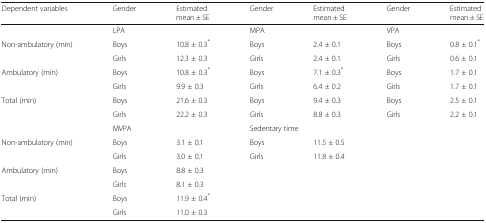
<table><thead><tr><td><b>Dependent variables</b></td><td><b>Gender</b></td><td><b>Estimated mean ± SE</b></td><td><b>Gender</b></td><td><b>Estimated mean ± SE</b></td><td><b>Gender</b></td><td><b>Estimated mean ± SE</b></td></tr></thead><tbody><tr><td></td><td colspan="2">LPA</td><td colspan="2">MPA</td><td colspan="2">VPA</td></tr><tr><td rowspan="2">Non-ambulatory (min)</td><td>Boys</td><td>10.8 ± 0.3<sup>*</sup></td><td>Boys</td><td>2.4 ± 0.1</td><td>Boys</td><td>0.8 ± 0.1<sup>*</sup></td></tr><tr><td>Girls</td><td>12.3 ± 0.3</td><td>Girls</td><td>2.4 ± 0.1</td><td>Girls</td><td>0.6 ± 0.1</td></tr><tr><td rowspan="2">Ambulatory (min)</td><td>Boys</td><td>10.8 ± 0.3<sup>*</sup></td><td>Boys</td><td>7.1 ± 0.3<sup>*</sup></td><td>Boys</td><td>1.7 ± 0.1</td></tr><tr><td>Girls</td><td>9.9 ± 0.3</td><td>Girls</td><td>6.4 ± 0.2</td><td>Girls</td><td>1.7 ± 0.1</td></tr><tr><td rowspan="2">Total (min)</td><td>Boys</td><td>21.6 ± 0.3</td><td>Boys</td><td>9.4 ± 0.3</td><td>Boys</td><td>2.5 ± 0.1</td></tr><tr><td>Girls</td><td>22.2 ± 0.3</td><td>Girls</td><td>8.8 ± 0.3</td><td>Girls</td><td>2.2 ± 0.1</td></tr><tr><td></td><td colspan="2">MVPA</td><td colspan="2">Sedentary time</td><td rowspan="7" colspan="2"></td></tr><tr><td rowspan="2">Non-ambulatory (min)</td><td>Boys</td><td>3.1 ± 0.1</td><td>Boys</td><td>11.5 ± 0.5</td></tr><tr><td>Girls</td><td>3.0 ± 0.1</td><td>Girls</td><td>11.8 ± 0.4</td></tr><tr><td rowspan="2">Ambulatory (min)</td><td>Boys</td><td>8.8 ± 0.3</td><td></td><td></td></tr><tr><td>Girls</td><td>8.1 ± 0.3</td><td></td><td></td></tr><tr><td rowspan="2">Total (min)</td><td>Boys</td><td>11.9 ± 0.4<sup>*</sup></td><td></td><td></td></tr><tr><td>Girls</td><td>11.0 ± 0.3</td><td></td><td></td></tr></tbody></table>